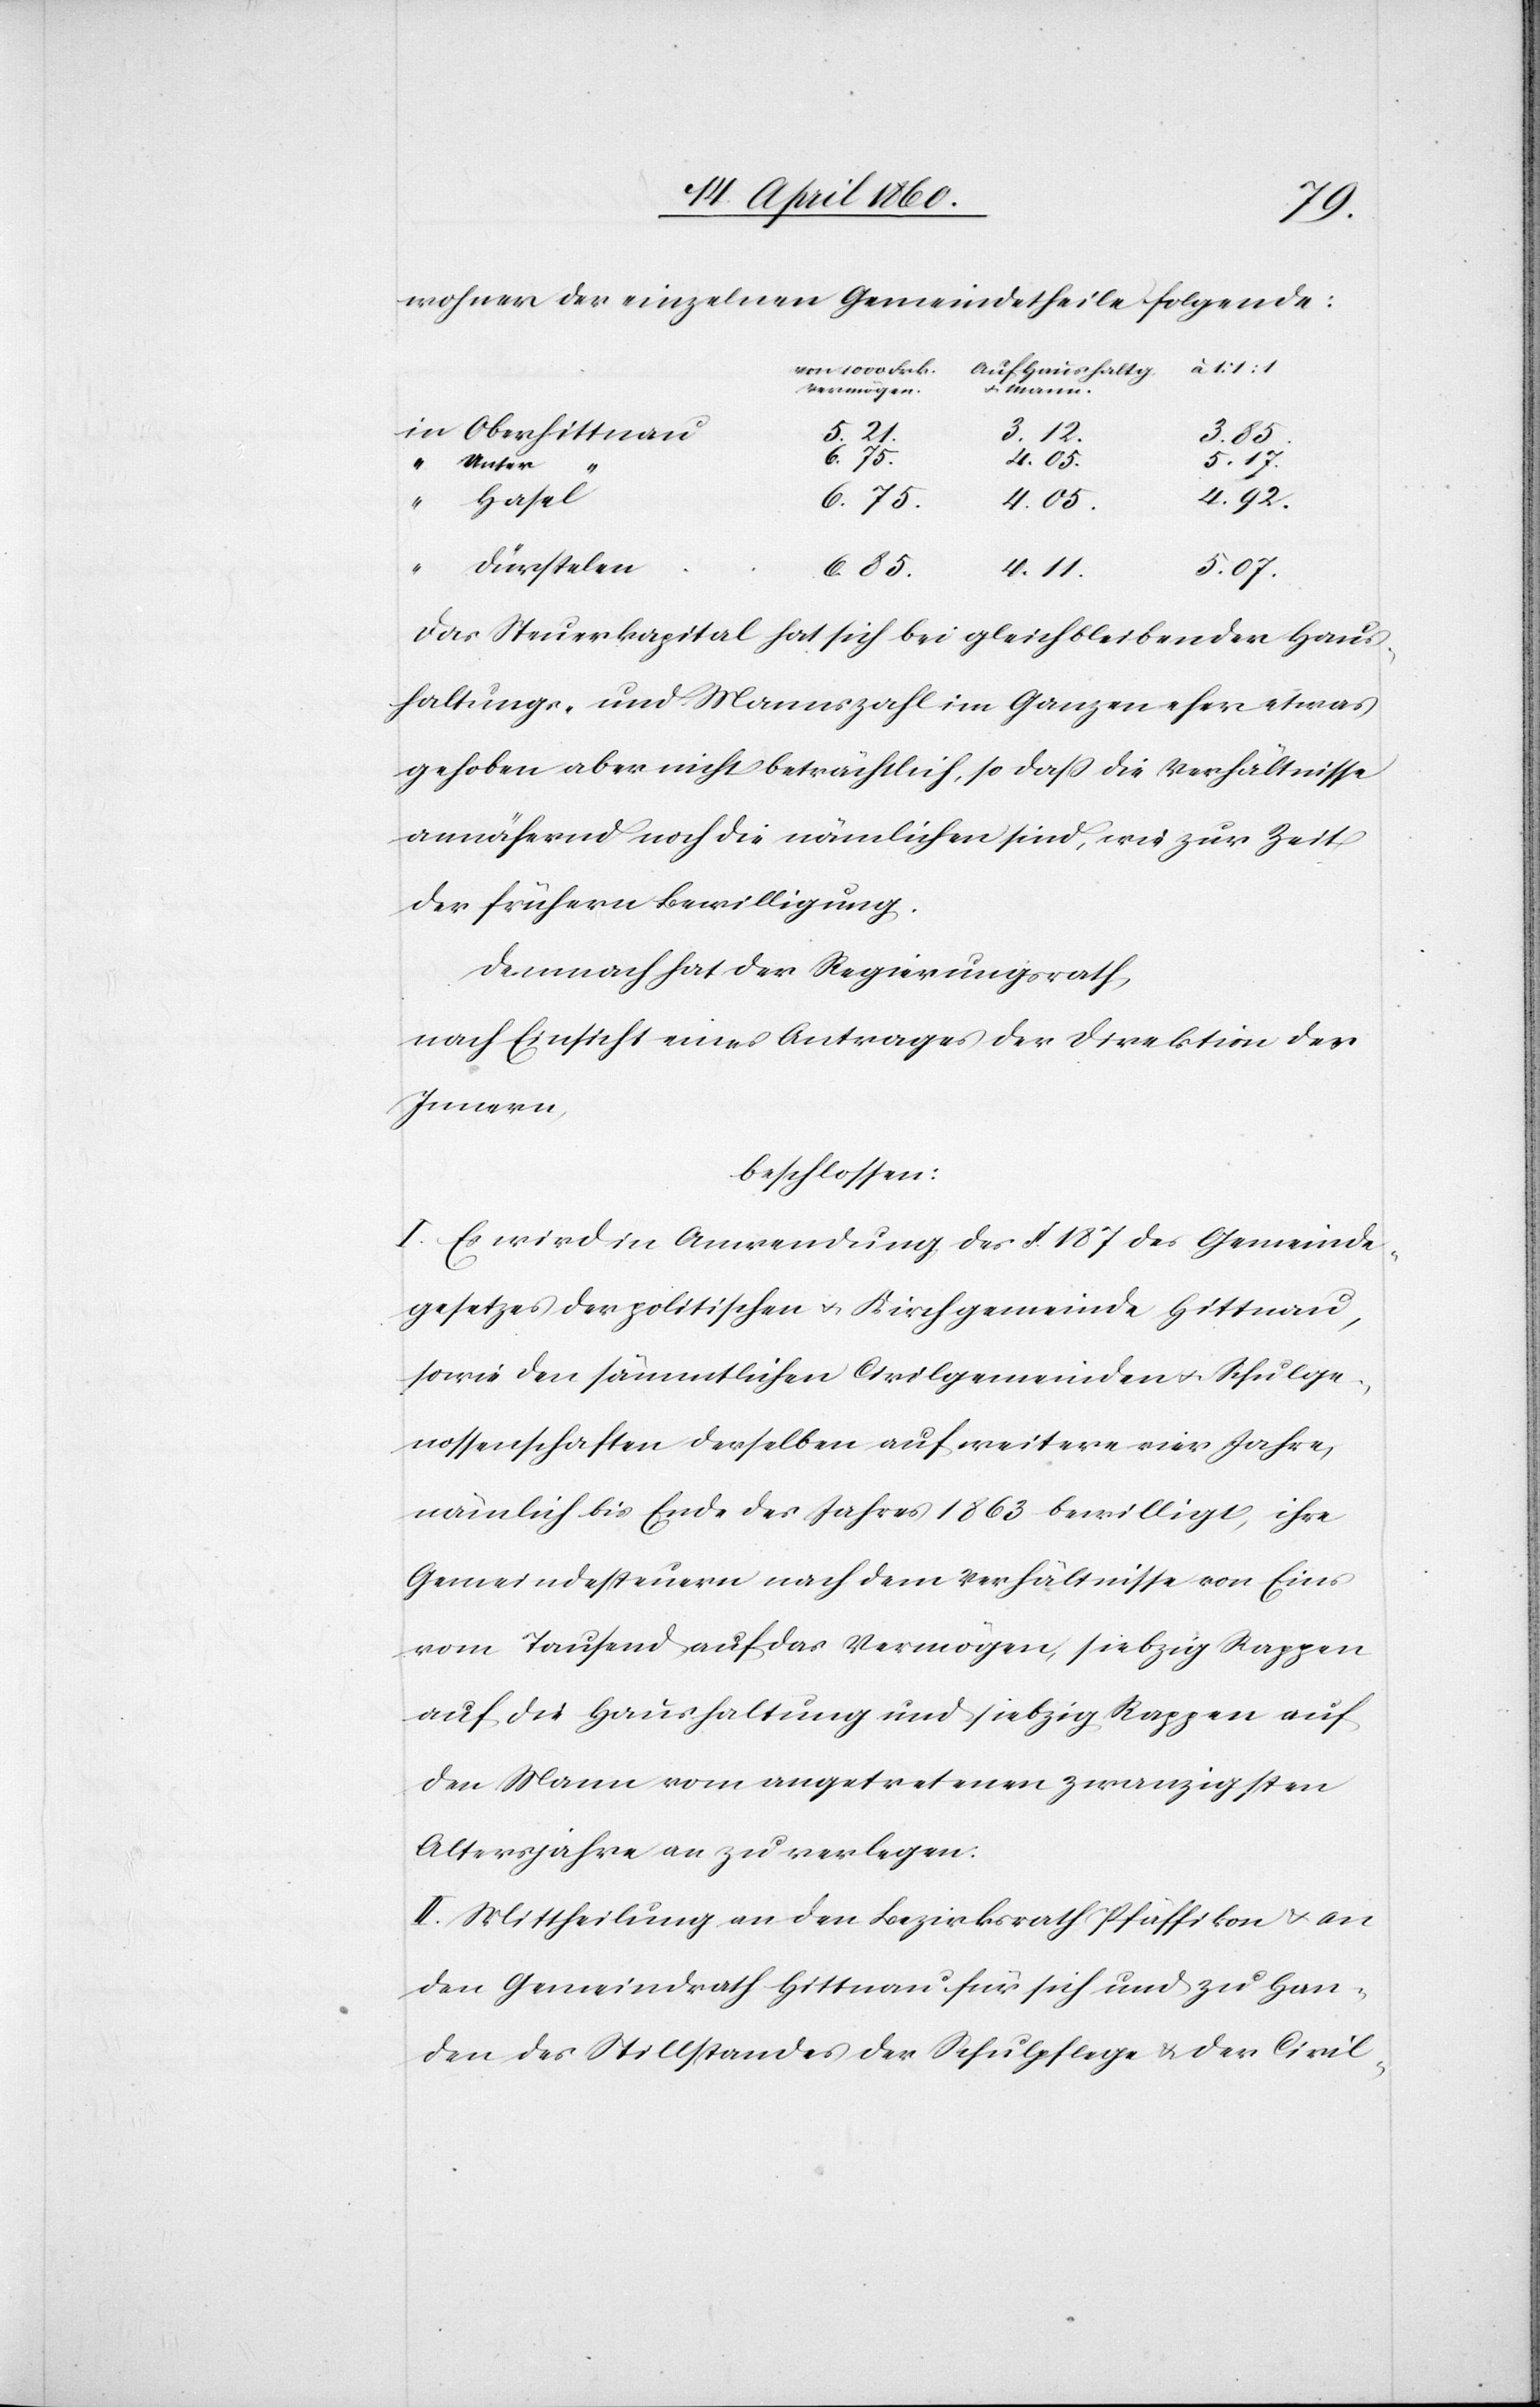
wohner der einzelnen Gemeindetheile folgende:
Vermögen
3. 12.
5. 21.
3. 85.
6. 75.
4. 05.
5. 17.
Unter
4. 92.
Hasel
Dürstelen
Mann.
5. 07.
6. 85.
4. 11.
Das Steuerkapital hat sich bei gleichbleibender Haus¬
haltungs- und Mannszahl im Ganzen eher etwas
gehoben aber nicht beträchtlich, so daß die Verhältnisse
annähernd noch die nämlichen sind, wie zur Zeit
der frühern Bewilligung.
Demnach hat der Regierungsrath,
nach Einsicht eines Antrages der Direktion des
Innern,
beschlossen:
I. Es wird in Anwendung des §. 187. des Gemeinde¬
gesetzes der politischen u. Kirchgemeinde Hittnau,
sowie den sämmtlichen Civilgemeinden u. Schulge¬
nossenschaften derselben auf weitere vier Jahre,
nämlich bis Ende des Jahres 1863 bewilligt, ihre
Gemeindesteuern nach dem Verhältnisse von Eins
vom Tausend auf das Vermögen, siebzig Rappen
auf die Haushaltung und siebzig Rappen auf
den Mann vom angetretenen zwanzigsten
Altersjahre an zu verlegen.
II. Mittheilung an den Bezirksrath Pfäffikon u. an
den Gemeindrath Hittnau für sich und zu Han¬
den des Stillstandes der Schulpflege u. der Civil-
“
ittnau